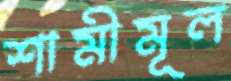
শামীমূল